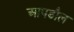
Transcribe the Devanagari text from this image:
आपडौल